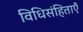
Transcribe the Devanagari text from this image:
विधिसंहिताएँ